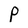
Character: P